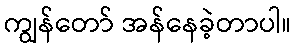
ကျွန်တော် အန်နေခဲ့တာပါ။